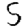
Digit: 5